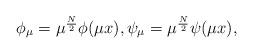
LaTeX: \begin{align*}\left.\begin{array}{ll}\phi_{\mu}=\mu^{\frac{N}{2}}\phi(\mu x),\psi_{\mu}=\mu^{\frac{N}{2}}\psi(\mu x),\end{array}\right.\end{align*}